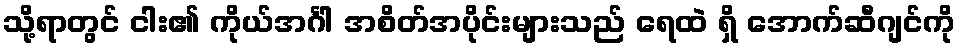
သို့ရာတွင် ငါး၏ ကိုယ်အင်္ဂါ အစိတ်အပိုင်းများသည် ရေထဲ ရှိ အောက်ဆီဂျင်ကို